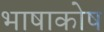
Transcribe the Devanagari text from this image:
भाषाकोष